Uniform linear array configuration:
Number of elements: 8
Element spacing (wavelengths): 0.75
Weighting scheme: cosine
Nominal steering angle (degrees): -30
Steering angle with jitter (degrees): -28.419
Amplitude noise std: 0.05
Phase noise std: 0.05

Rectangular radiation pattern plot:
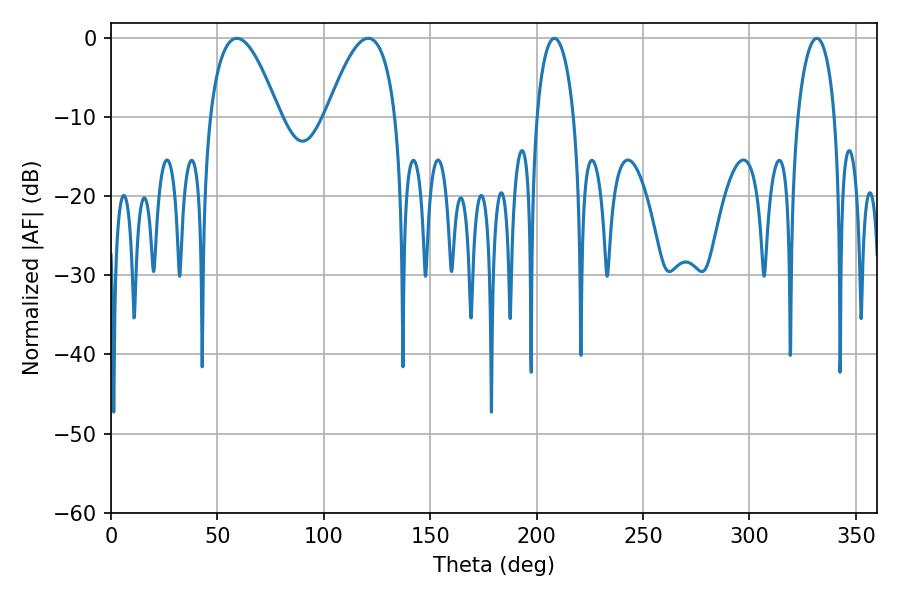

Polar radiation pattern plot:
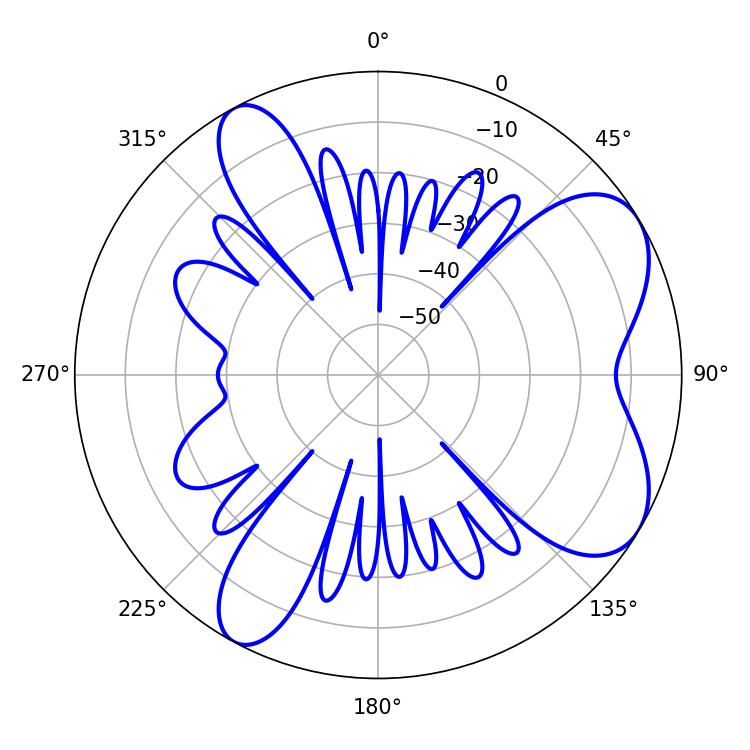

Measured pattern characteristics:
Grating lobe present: TRUE
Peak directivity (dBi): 6.864
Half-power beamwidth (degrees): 17.82
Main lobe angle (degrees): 59.22